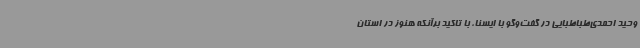
وحید احمدی‌طباطبایی در گفت‌وگو با ایسنا، با تاکید برآنکه هنوز در استان